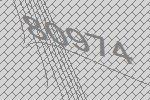
80974